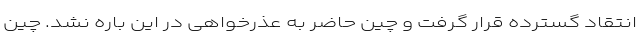
انتقاد گسترده قرار گرفت و چین حاضر به عذرخواهی در این باره نشد. چین